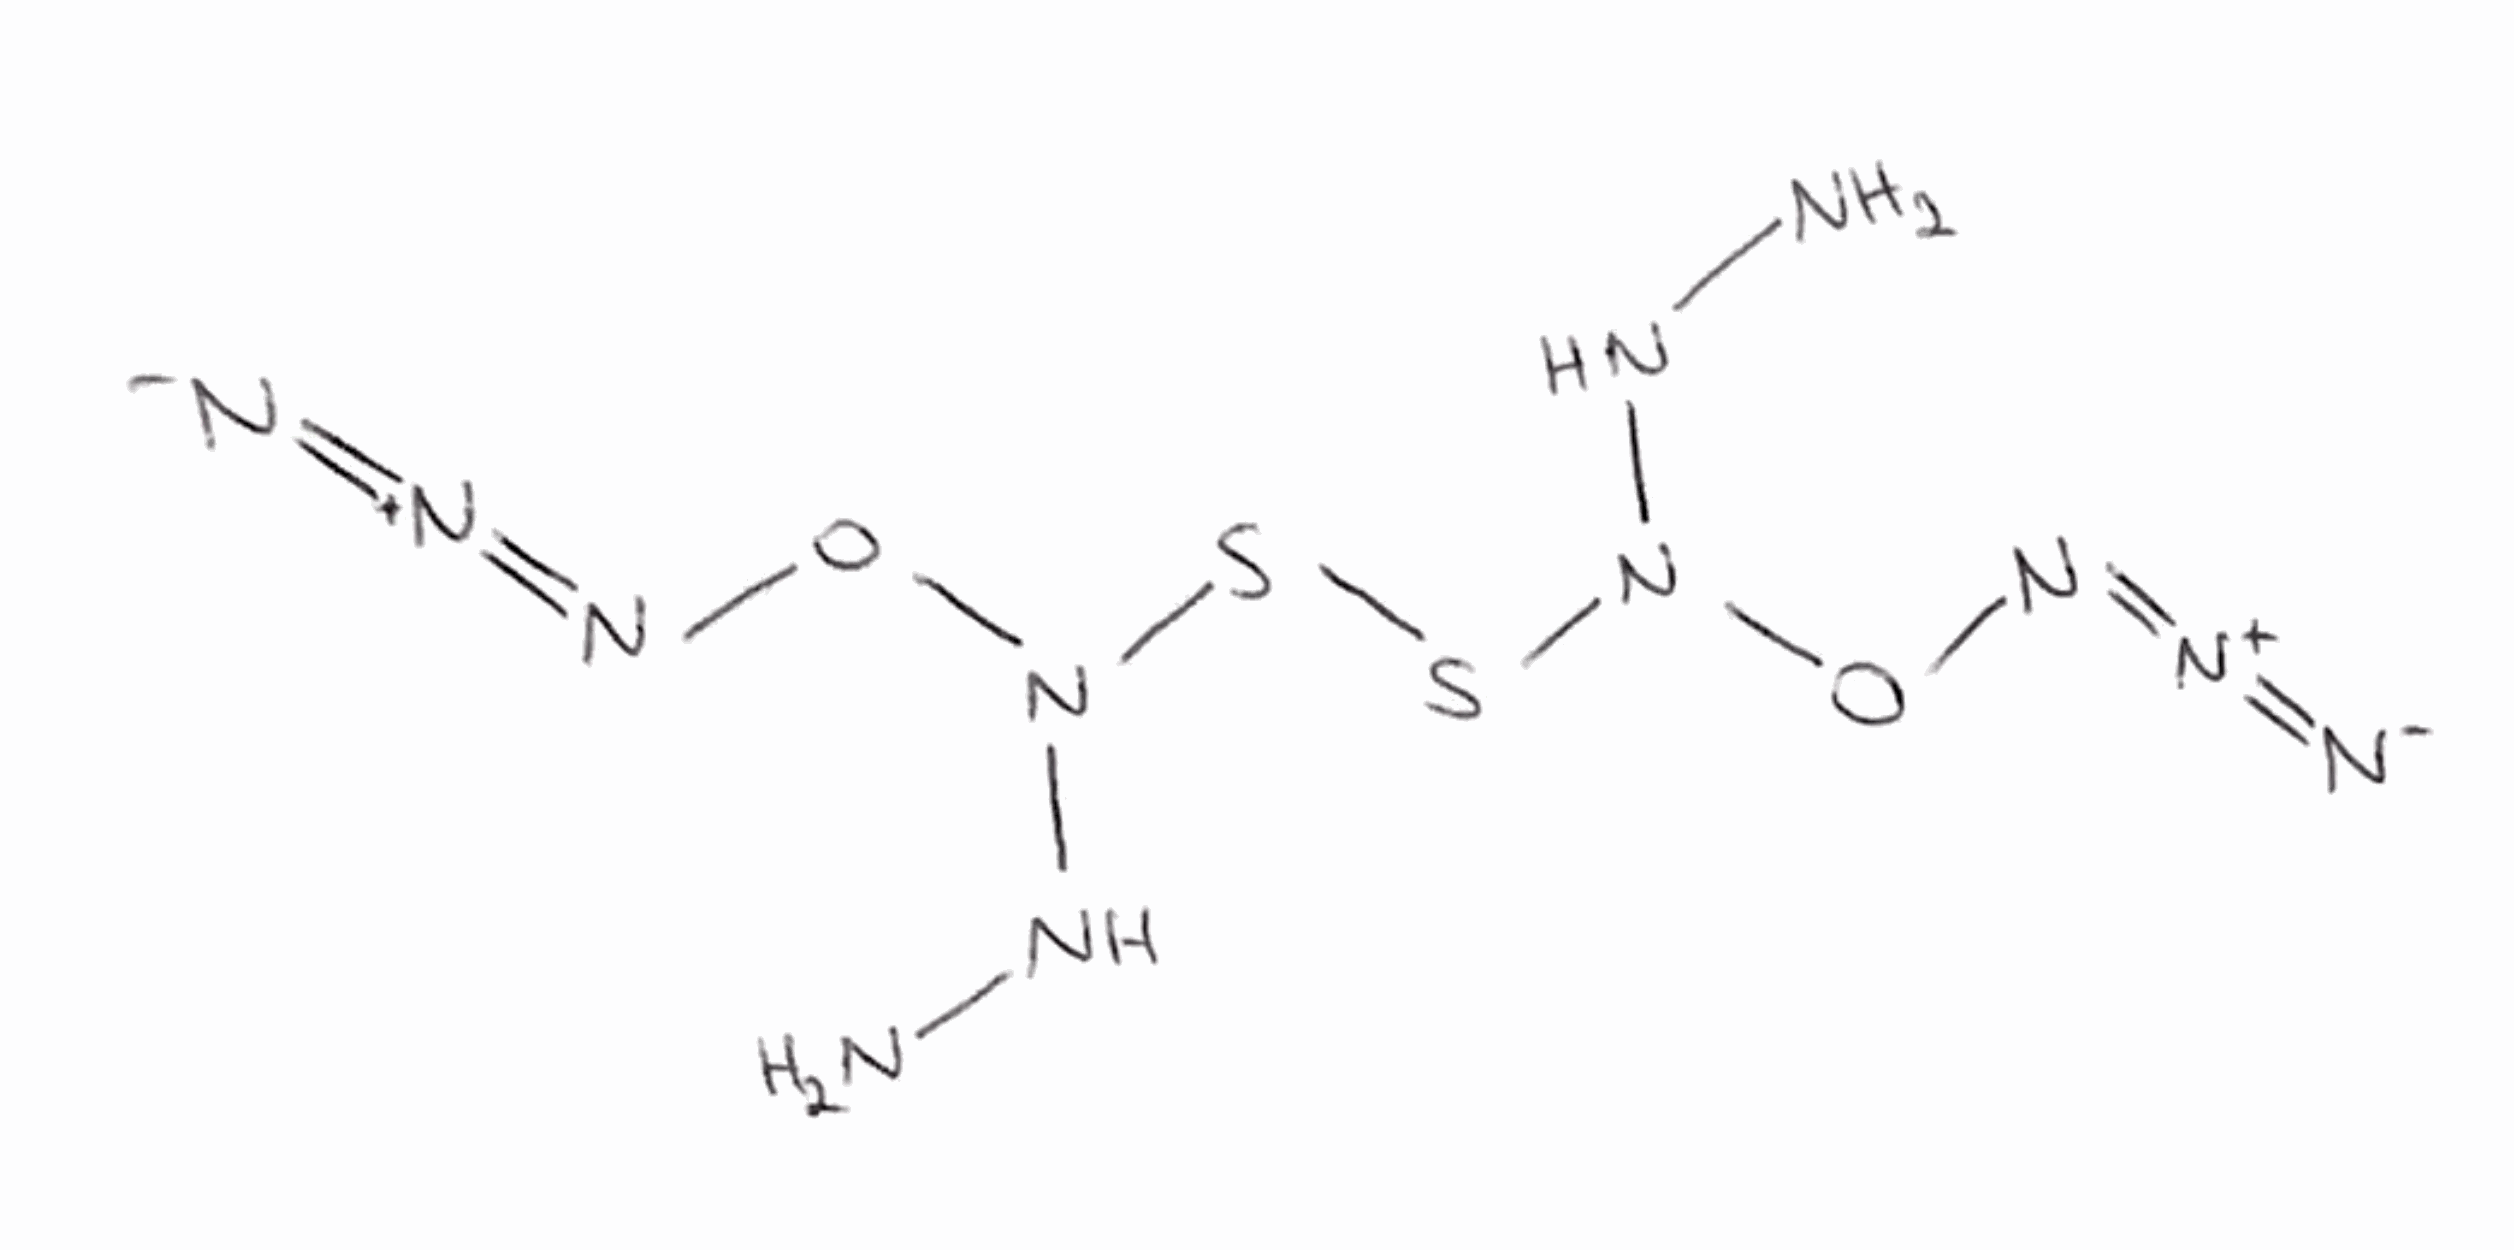
Simplified molecular-input line-entry system (SMILES) notation of the given molecule:
NNN(ON=[N+]=[N-])SSN(NN)ON=[N+]=[N-]